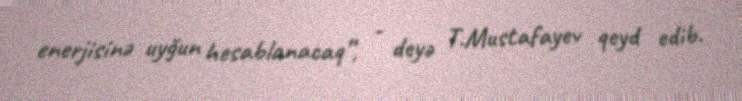
enerjisinə uyğun hesablanacaq”, - deyə T.Mustafayev qeyd edib.